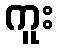
ကူး